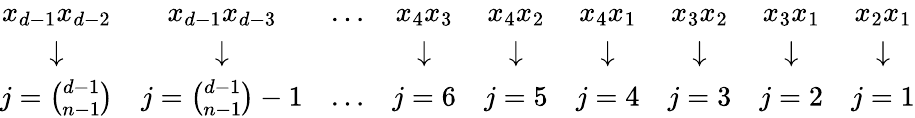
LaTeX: \begin{array}{ccccccccc}{x_{d-1}x_{d-2}}&{x_{d-1}x_{d-3}}&{\dots}&{x_{4}x_{3}}&{x_{4}x_{2}}&{x_{4}x_{1}}&{x_{3}x_{2}}&{x_{3}x_{1}}&{x_{2}x_{1}}\\ {\downarrow}&{\downarrow}&&{\downarrow}&{\downarrow}&{\downarrow}&{\downarrow}&{\downarrow}&{\downarrow}\\ {j={\binom{d-1}{n-1}}}&{j={\binom{d-1}{n-1}}-1}&{\dots}&{j=6}&{j=5}&{j=4}&{j=3}&{j=2}&{j=1}\end{array}